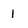
Character: 1